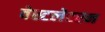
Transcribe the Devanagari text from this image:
वेस्टलेटरन